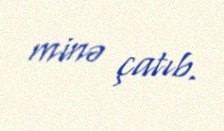
minə çatıb.